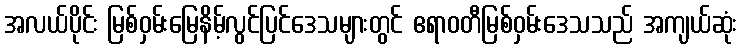
အလယ်ပိုင်း မြစ်ဝှမ်းမြေနိမ့်လွင်ပြင်ဒေသများတွင် ဧရာဝတီမြစ်ဝှမ်းဒေသသည် အကျယ်ဆုံး